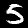
Label: 5